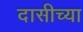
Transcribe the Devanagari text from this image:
दासीच्या